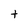
Character: t